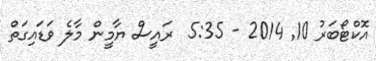
އޮކްޓޯބަރު 10